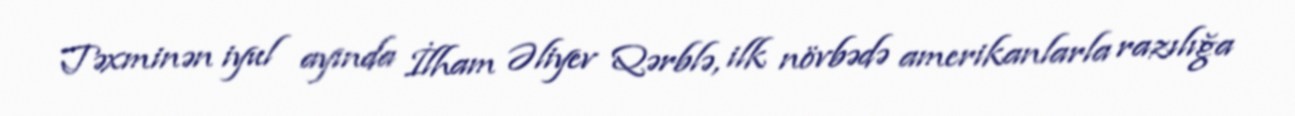
Təxminən iyul ayında İlham Əliyev Qərblə, ilk növbədə amerikanlarla razılığa